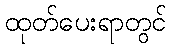
ထုတ်ပေးရာတွင်